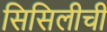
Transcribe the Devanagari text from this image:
सिसिलीची